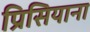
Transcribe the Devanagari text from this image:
प्रिसियाना